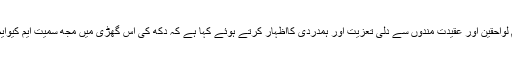
اپنے ایک بیان میں جناب الطاف حسین نے مرحوم کے تمام لواحقین اور عقیدت مندوں سے دلی تعزیت اور ہمدردی کااظہار کرتے ہوئے کہا ہے کہ دکھ کی اس گھڑی میں مجھ سمیت ایم کیوایم کا ایک ایک کارکن آپ کے غم میں برابر کا شریک ہے ۔